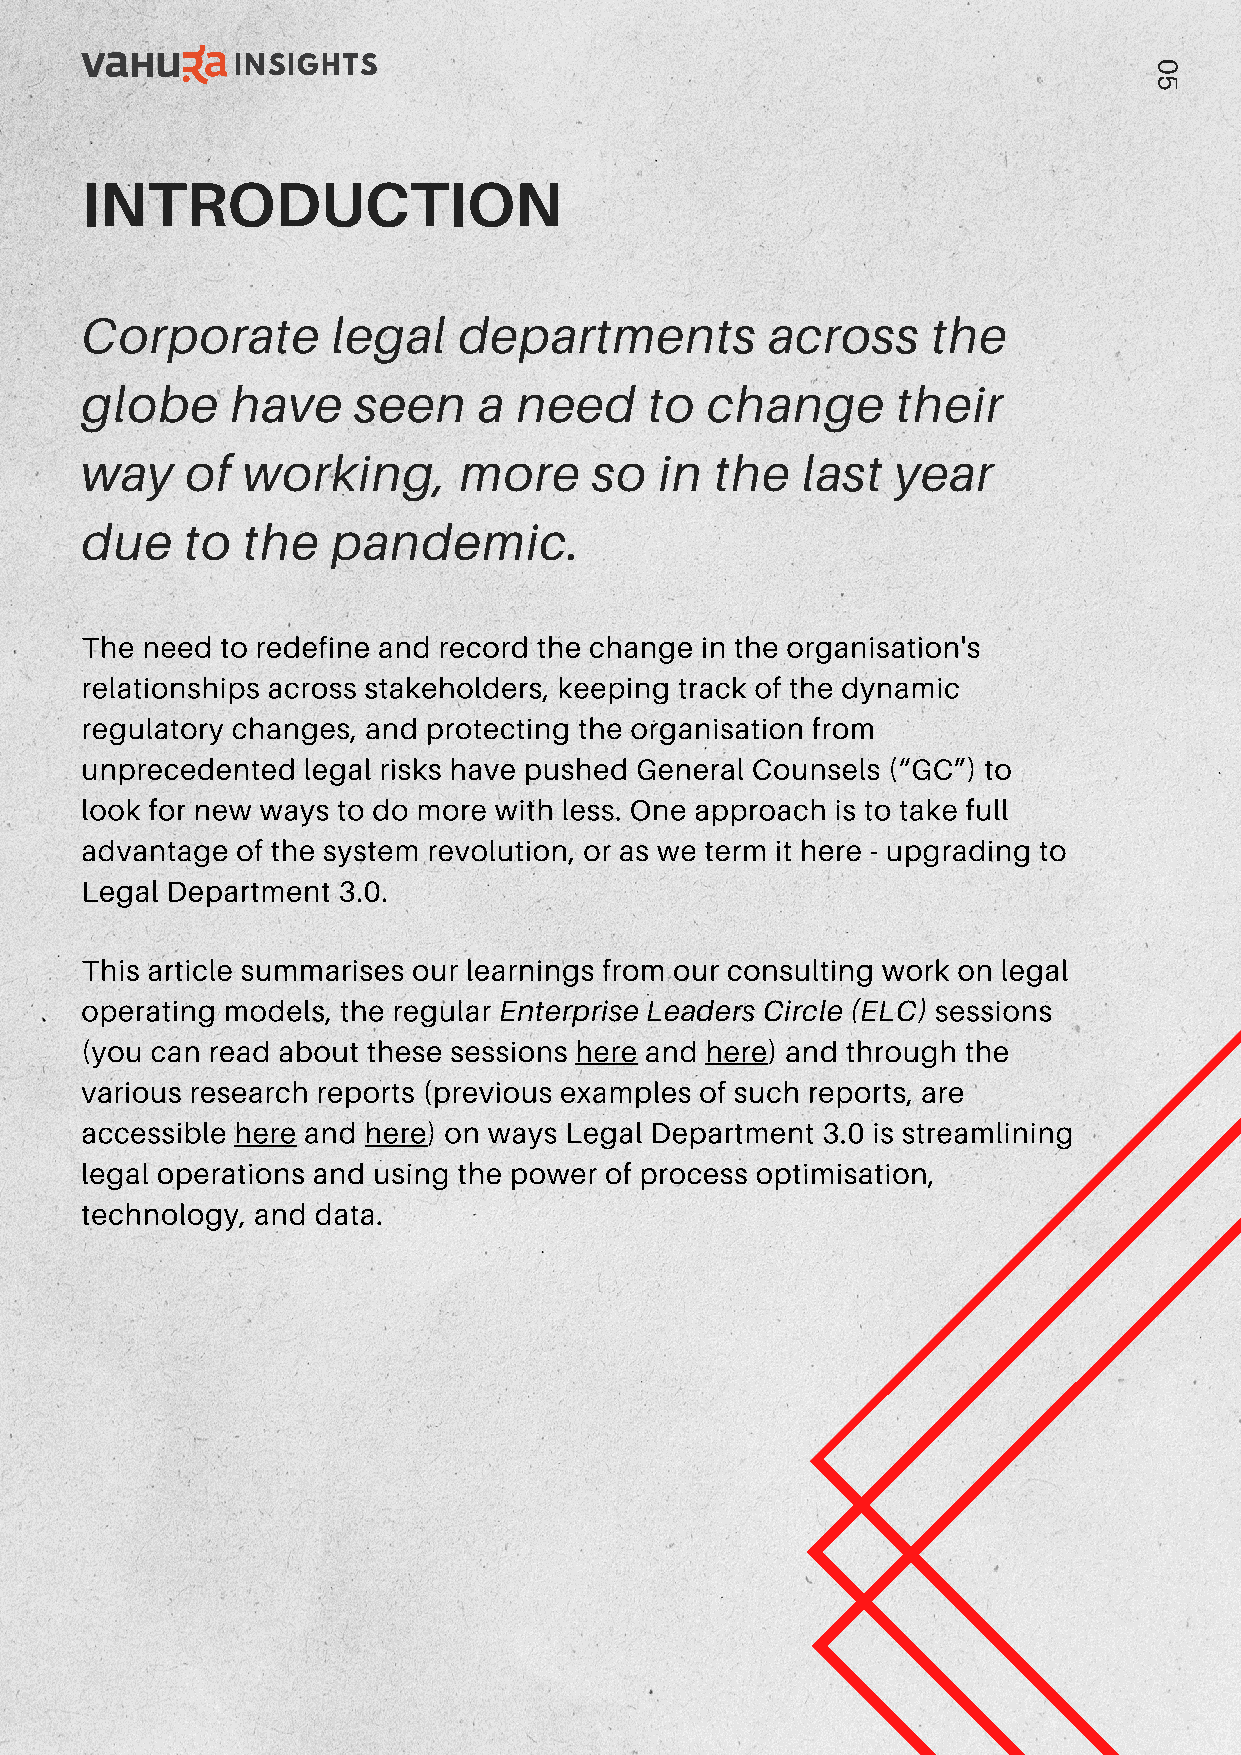
INSIGHTS                                                     0
 5
 INTRODUCTION
 Corporate        legal   departments          across     the
 globe     have    seen     a need     to  change      their
 way    of  working,      more     so   in the   last  year
 due    to  the   pandemic.
 The need  to redefine and record the change in the organisation's
 relationships across stakeholders, keeping track of the dynamic
 regulatory changes, and protecting the organisation from
 unprecedented  legal risks have pushed General Counsels (“GC”) to
 look for new ways to do more with less. One approach is to take full
 advantage  of the system revolution, or as we term it here - upgrading to
 Legal Department 3.0.
 This article summarises our learnings from our consulting work on legal
 operating models, the regular                            sessions
 Enterprise Leaders Circle (ELC)
 (you can read about these sessions here and here) and through the
 various research reports (previous examples of such reports, are
 accessible here and here) on ways Legal Department 3.0 is streamlining
 legal operations and using the power of process optimisation,
 technology, and data.